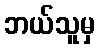
ဘယ်သူမှ